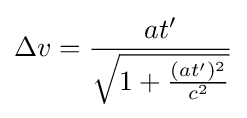
\Delta v={\frac {at'}{\sqrt {1+{\frac {(at')^{2}}{c^{2}}}}}}